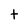
Character: t